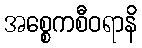
အစ္စေကစီဝရာနိ